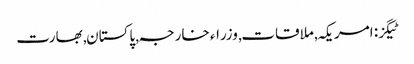
ٹیگز: امریکہ , ملاقات , وزراء خارجہ , پاکستان , بھارت